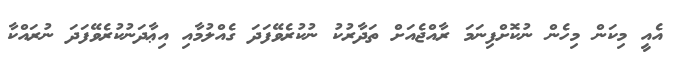
އެއީ މިކަން މިހެން ނުކޮށްފިނަމަ ރާއްޖެއަށް ތަދާރުކު ނުކުރެވޭފަދަ ގެއްލުމާއި އިޢާދަނުކުރެވޭފަދަ ނުރައްކާ